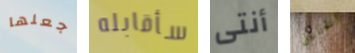
جعلها سأقابله أنتى الخليل